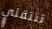
تنتقلي